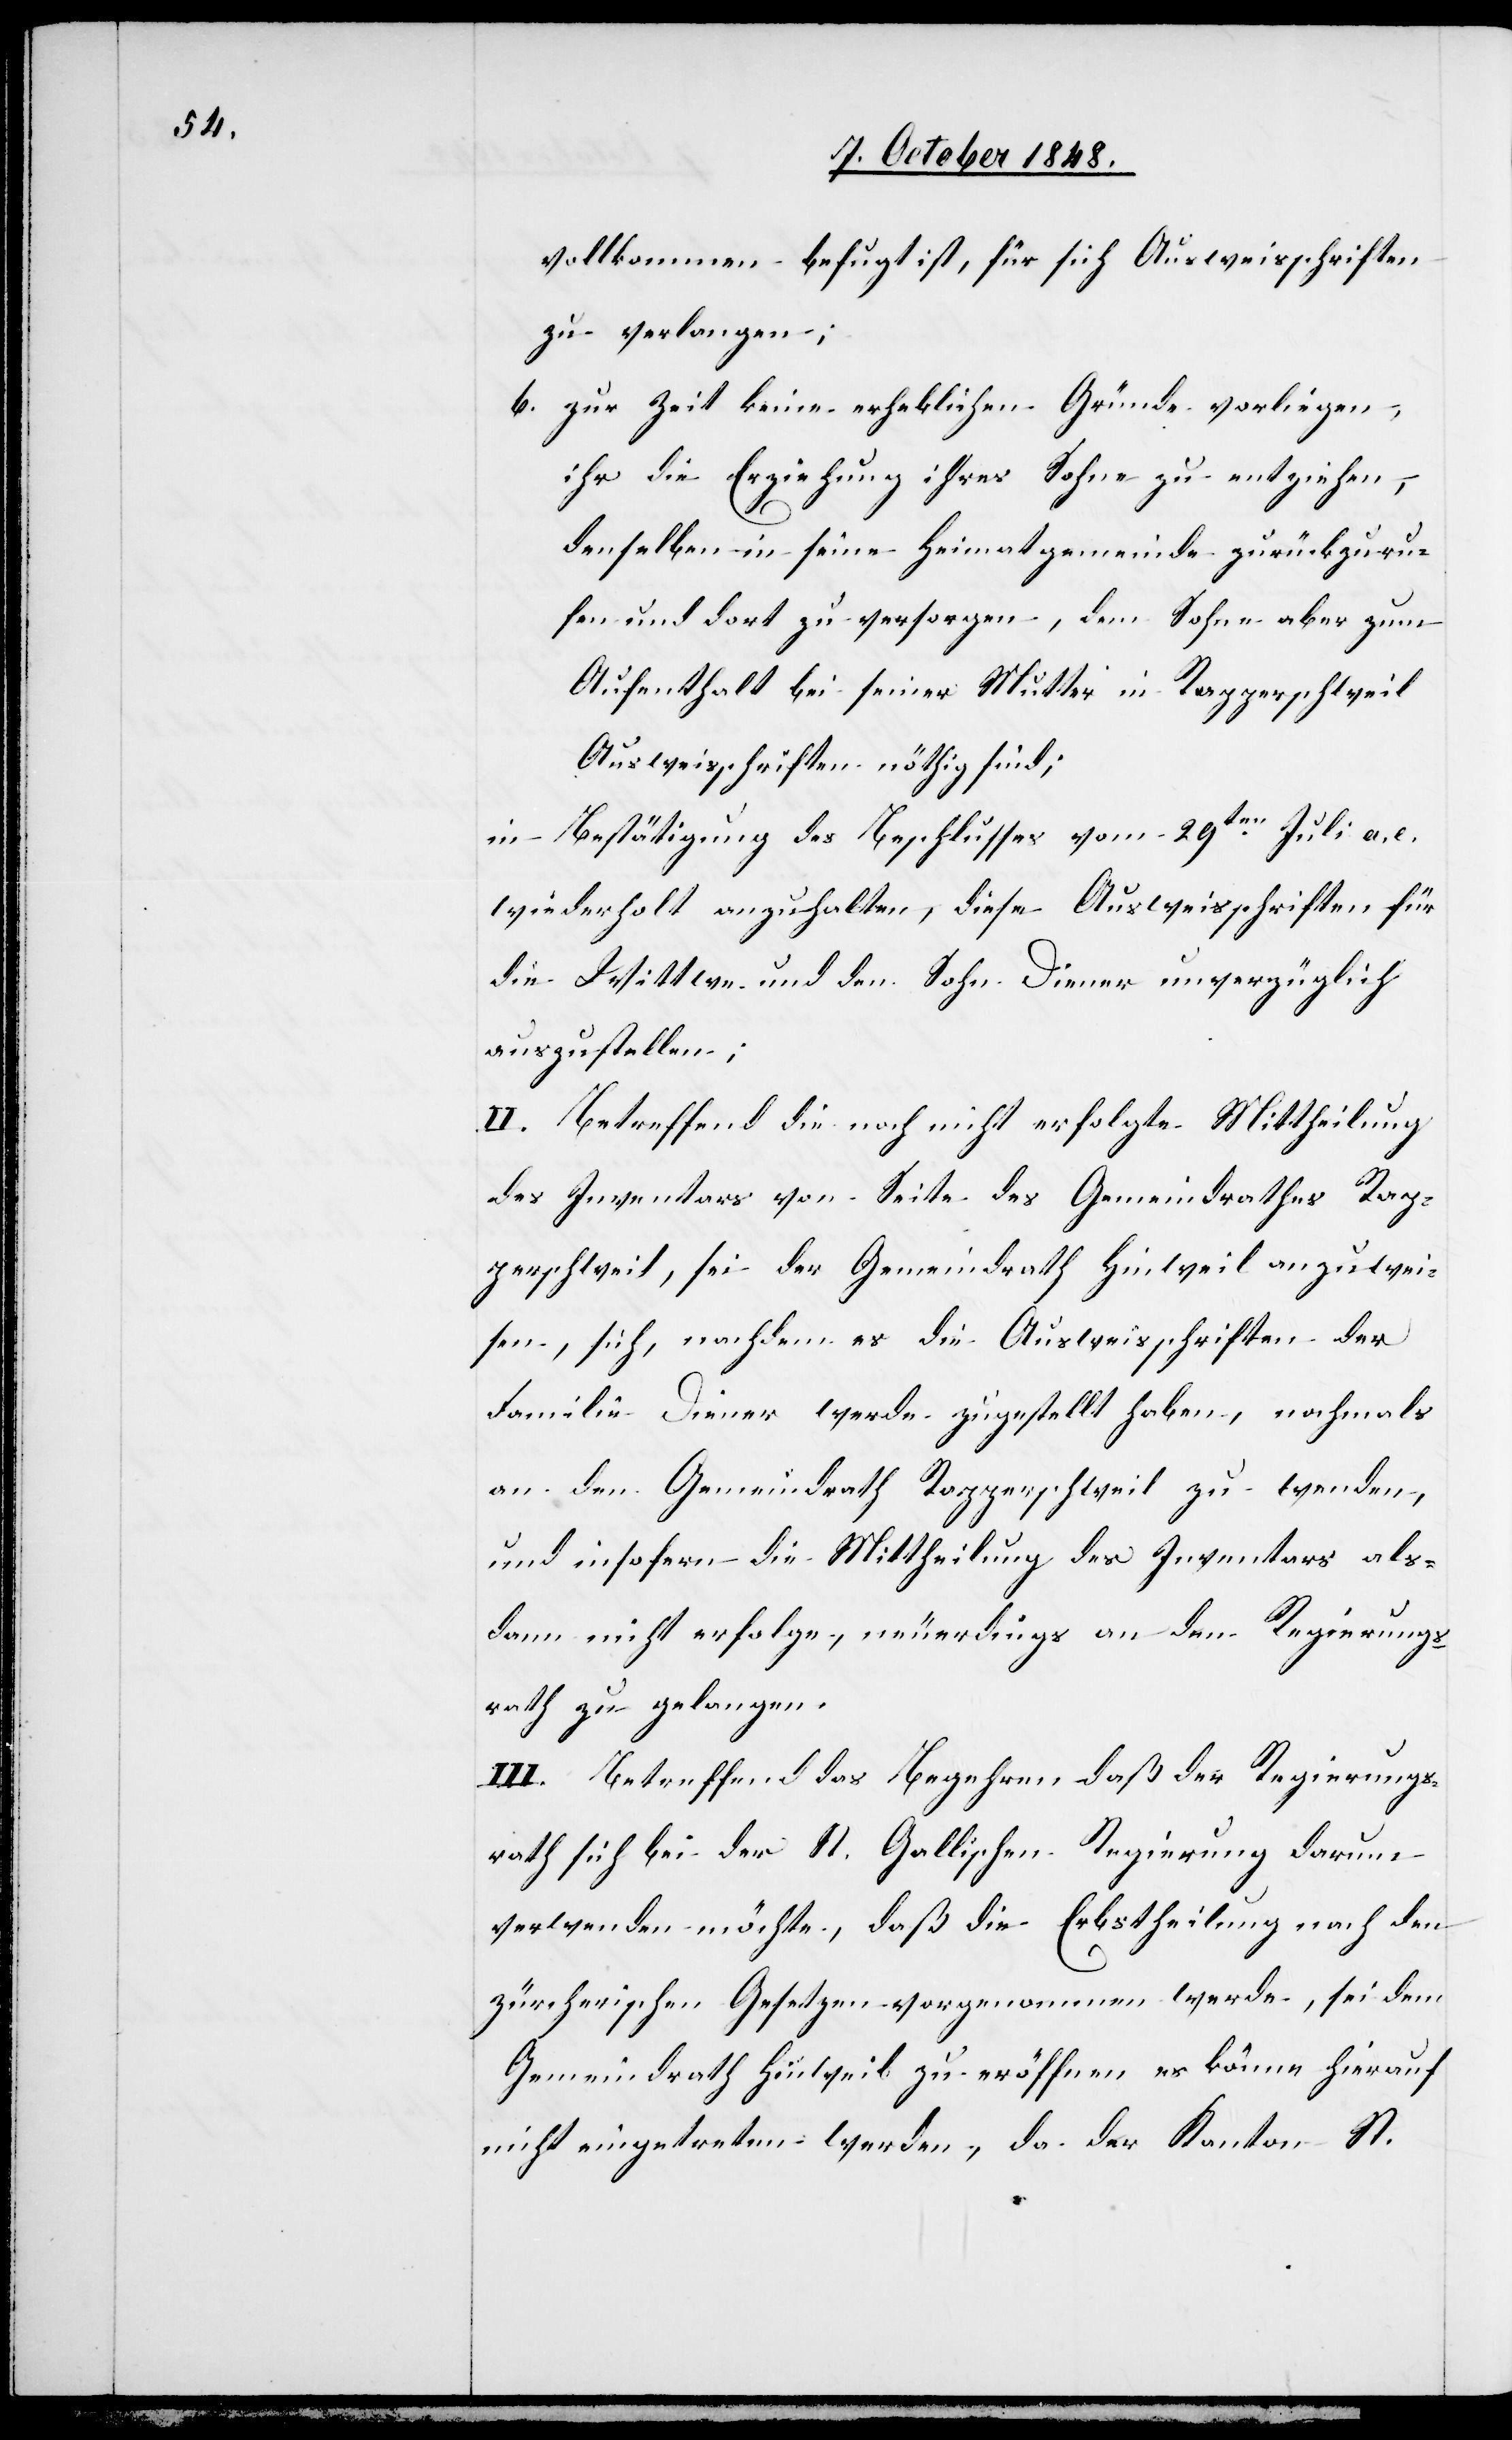
vollkommen befugt ist, für sich Ausweisschriften
zu verlangen;
b. zur Zeit keine erheblichen Gründe vorliegen,
ihr die Erziehung ihres Sohne[s] zu entziehen,
denselben in seine Heimatgemeinde zurückzuru¬
fen und dort zu versorgen, dem Sohne aber zum
Aufenthalt bei seiner Mutter in Rapperschweil
Ausweisschriften nöthig sind;
in Bestätigung des Beschlusses vom 29ten. Juli a. c.
wiederholt anzuhalten, diese Ausweisschriften für
die Wittwe und den Sohn Diener unverzüglich
auszustellen.
II. Betreffend die noch nicht erfolgte Mittheilung
des Inventars von Seite des Gemeindrathes Rap¬
perschweil, sei der Gemeindrath Hinweil anzuwei¬
sen, sich, nachdem es die Ausweisschriften der
Familie Diener werde zugestellt haben, nochmals
an den Gemeindrath Rapperschweil zu wenden,
und insofern die Mittheilung des Inventars als¬
dann nicht erfolge, neuerdings an den Regierungs¬
rath zu gelangen.
III. Betreffend das Begehren daß der Regierungs¬
rath sich bei der St. Gallischen Regierung darum
verwenden möchte, daß die Erbstheilung nach den
zürcherischen Gesetzen vorgenommen werde, sei dem
Gemeindrath Hinweil zu eröffnen es könne hierauf
nicht eingetreten werden, da der Kanton St.